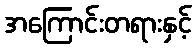
အကြောင်းတရားနှင့်